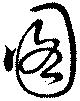
圖